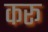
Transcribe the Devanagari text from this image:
करू